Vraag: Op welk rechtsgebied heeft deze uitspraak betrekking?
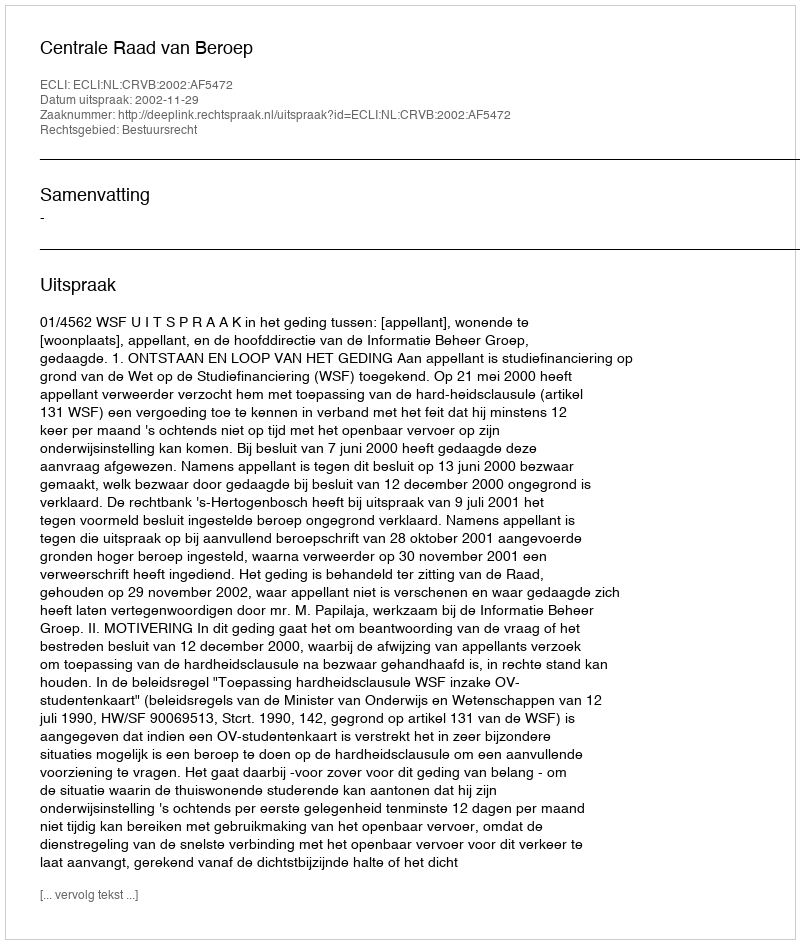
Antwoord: Bestuursrecht